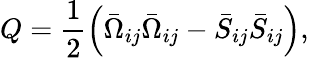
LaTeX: Q=\frac{1}{2}\left(\bar{\Omega}_{ij}\bar{\Omega}_{ij}-\bar{S}_{ij}\bar{S}_{ij}\right),